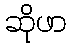
ဆိုဖာ